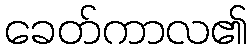
ခေတ်ကာလ၏